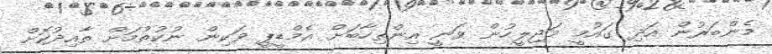
މެންބަރުން އަދި ގައުމީ މަޖިލީހުން ވަނީ އިންތިހާބަށް އެމްޑީޕީ ވަކިން ނުކުތުމަށް ތާއިދުކޮށް